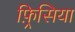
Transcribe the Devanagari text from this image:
फ़्रिसिया